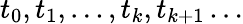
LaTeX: t_{0},t_{1},\dots,t_{k},t_{k+1}\dots